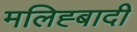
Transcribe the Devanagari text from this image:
मलिह्बादी